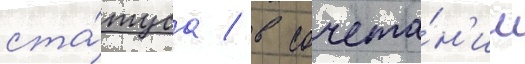
ста́туса / в сочета́н'ии